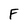
Character: F